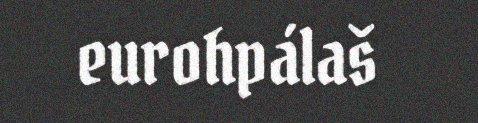
eurohpálaš